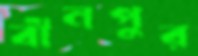
বীনপুর